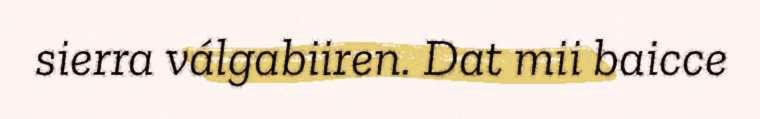
sierra válgabiiren. Dat mii baicce